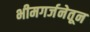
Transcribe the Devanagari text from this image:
भीमगर्जनेतून